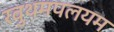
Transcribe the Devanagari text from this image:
रवुथमपलयम